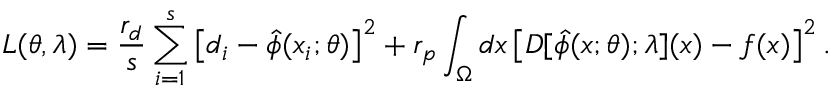
L ( \theta , \lambda ) = \frac { r _ { d } } { s } \sum _ { i = 1 } ^ { s } \left[ d _ { i } - \hat { \phi } ( x _ { i } ; \theta ) \right] ^ { 2 } + r _ { p } \int _ { \Omega } d x \left[ D [ \hat { \phi } ( x ; \theta ) ; \lambda ] ( x ) - f ( x ) \right] ^ { 2 } .